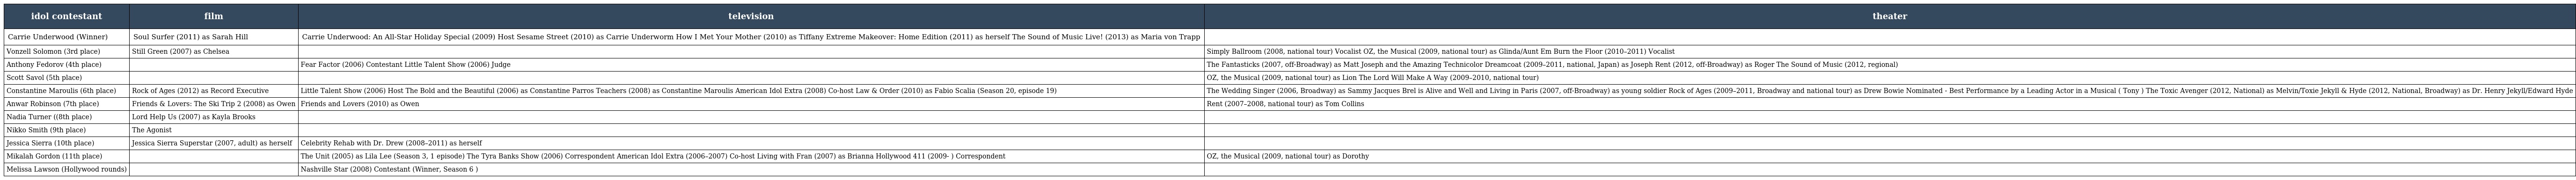
| idol contestant | film | television | theater |
 | --- | --- | --- | --- |
 | Carrie Underwood (Winner) | Soul Surfer (2011) as Sarah Hill | Carrie Underwood: An All-Star Holiday Special (2009) Host Sesame Street (2010) as Carrie Underworm How I Met Your Mother (2010) as Tiffany Extreme Makeover: Home Edition (2011) as herself The Sound of Music Live! (2013) as Maria von Trapp |  |
 | Vonzell Solomon (3rd place) | Still Green (2007) as Chelsea |  | Simply Ballroom (2008, national tour) Vocalist OZ, the Musical (2009, national tour) as Glinda/Aunt Em Burn the Floor (2010–2011) Vocalist |
 | Anthony Fedorov (4th place) |  | Fear Factor (2006) Contestant Little Talent Show (2006) Judge | The Fantasticks (2007, off-Broadway) as Matt Joseph and the Amazing Technicolor Dreamcoat (2009–2011, national, Japan) as Joseph Rent (2012, off-Broadway) as Roger The Sound of Music (2012, regional) |
 | Scott Savol (5th place) |  |  | OZ, the Musical (2009, national tour) as Lion The Lord Will Make A Way (2009–2010, national tour) |
 | Constantine Maroulis (6th place) | Rock of Ages (2012) as Record Executive | Little Talent Show (2006) Host The Bold and the Beautiful (2006) as Constantine Parros Teachers (2008) as Constantine Maroulis American Idol Extra (2008) Co-host Law & Order (2010) as Fabio Scalia (Season 20, episode 19) | The Wedding Singer (2006, Broadway) as Sammy Jacques Brel is Alive and Well and Living in Paris (2007, off-Broadway) as young soldier Rock of Ages (2009–2011, Broadway and national tour) as Drew Bowie Nominated - Best Performance by a Leading Actor in a Musical ( Tony ) The Toxic Avenger (2012, National) as Melvin/Toxie Jekyll & Hyde (2012, National, Broadway) as Dr. Henry Jekyll/Edward Hyde |
 | Anwar Robinson (7th place) | Friends & Lovers: The Ski Trip 2 (2008) as Owen | Friends and Lovers (2010) as Owen | Rent (2007–2008, national tour) as Tom Collins |
 | Nadia Turner ((8th place) | Lord Help Us (2007) as Kayla Brooks |  |  |
 | Nikko Smith (9th place) | The Agonist |  |  |
 | Jessica Sierra (10th place) | Jessica Sierra Superstar (2007, adult) as herself | Celebrity Rehab with Dr. Drew (2008–2011) as herself |  |
 | Mikalah Gordon (11th place) |  | The Unit (2005) as Lila Lee (Season 3, 1 episode) The Tyra Banks Show (2006) Correspondent American Idol Extra (2006–2007) Co-host Living with Fran (2007) as Brianna Hollywood 411 (2009- ) Correspondent | OZ, the Musical (2009, national tour) as Dorothy |
 | Melissa Lawson (Hollywood rounds) |  | Nashville Star (2008) Contestant (Winner, Season 6 ) |  |